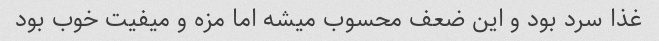
غذا سرد بود و این ضعف محسوب میشه اما مزه و میفیت خوب بود